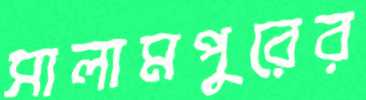
সালামপুরের